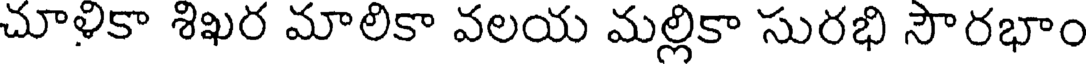
చూళికా శిఖర మాలికా వలయ మల్లికా సురభి సౌరభాం